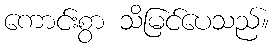
ကောင်းစွာ သိမြင်ပေသည်။